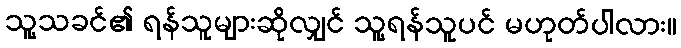
သူ့သခင်၏ ရန်သူများဆိုလျှင် သူ့ရန်သူပင် မဟုတ်ပါလား။